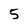
Character: 5